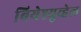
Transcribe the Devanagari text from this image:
बियेश्युव्हेल